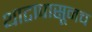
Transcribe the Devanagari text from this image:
थाटापासूनच